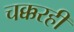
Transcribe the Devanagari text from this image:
चक्करही